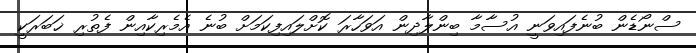
ސްނޯޑެން ބުނެފައިވަނީ އުސާމާ ބިންލާދިން އަވަހާރަ ކޮށްލައިފިކަމަށް ބުނެ އެމެރިކާއިން ފެތުރި ޚަބަރަކީ